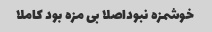
خوشمزه نبوداصلا بی مزه بود کاملا